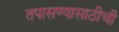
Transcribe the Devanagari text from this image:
तपासण्यासाठीची